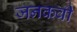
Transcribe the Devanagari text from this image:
जनकवी